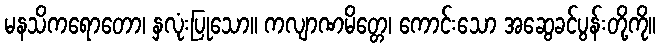
မနသိကရောတော၊ နှလုံးပြုသော။ ကလျာဏမိတ္တေ၊ ကောင်းသော အဆွေခင်ပွန်းတို့ကို။